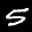
Label: 5